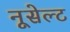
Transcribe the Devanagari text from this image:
नूसेल्ट